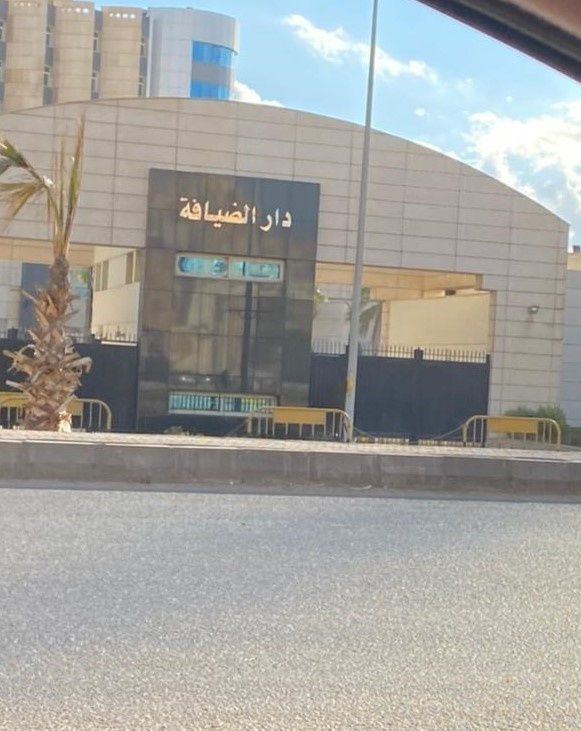
Text in image: الضيافة دار